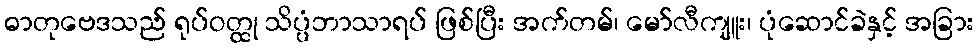
ဓာတုဗေဒသည် ရုပ်ဝတ္ထု သိပ္ပံဘာသာရပ် ဖြစ်ပြီး အက်တမ်၊ မော်လီကျူး၊ ပုံဆောင်ခဲနှင့် အခြား